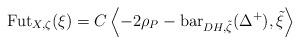
LaTeX: \begin{align*}\mathrm{Fut}_{X,\zeta}(\xi) = C \left<-2\rho_P-\mathrm{bar}_{DH,\tilde{\zeta}}(\Delta^+), \tilde{\xi} \right>\end{align*}